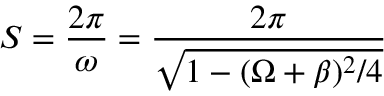
S = \frac { 2 \pi } { \omega } = \frac { 2 \pi } { \sqrt { 1 - ( \Omega + \beta ) ^ { 2 } / 4 } }